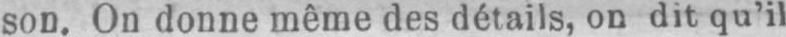
son. On donne même des détails, on dit qu’il